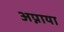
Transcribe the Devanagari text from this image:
अप्नाया